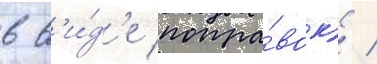
в в'и́д'е попра́вок) /